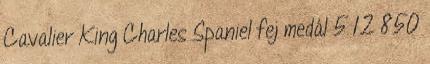
Cavalier King Charles Spaniel fej medál 5 12 850